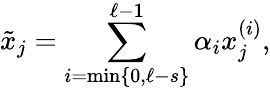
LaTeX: \tilde{x}_{j}=\sum_{i=\operatorname*{min}\{ 0,\ell-s\} }^{\ell-1}\alpha_{i}x_{j}^{(i)},